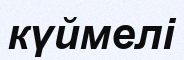
күймелі